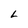
Character: L